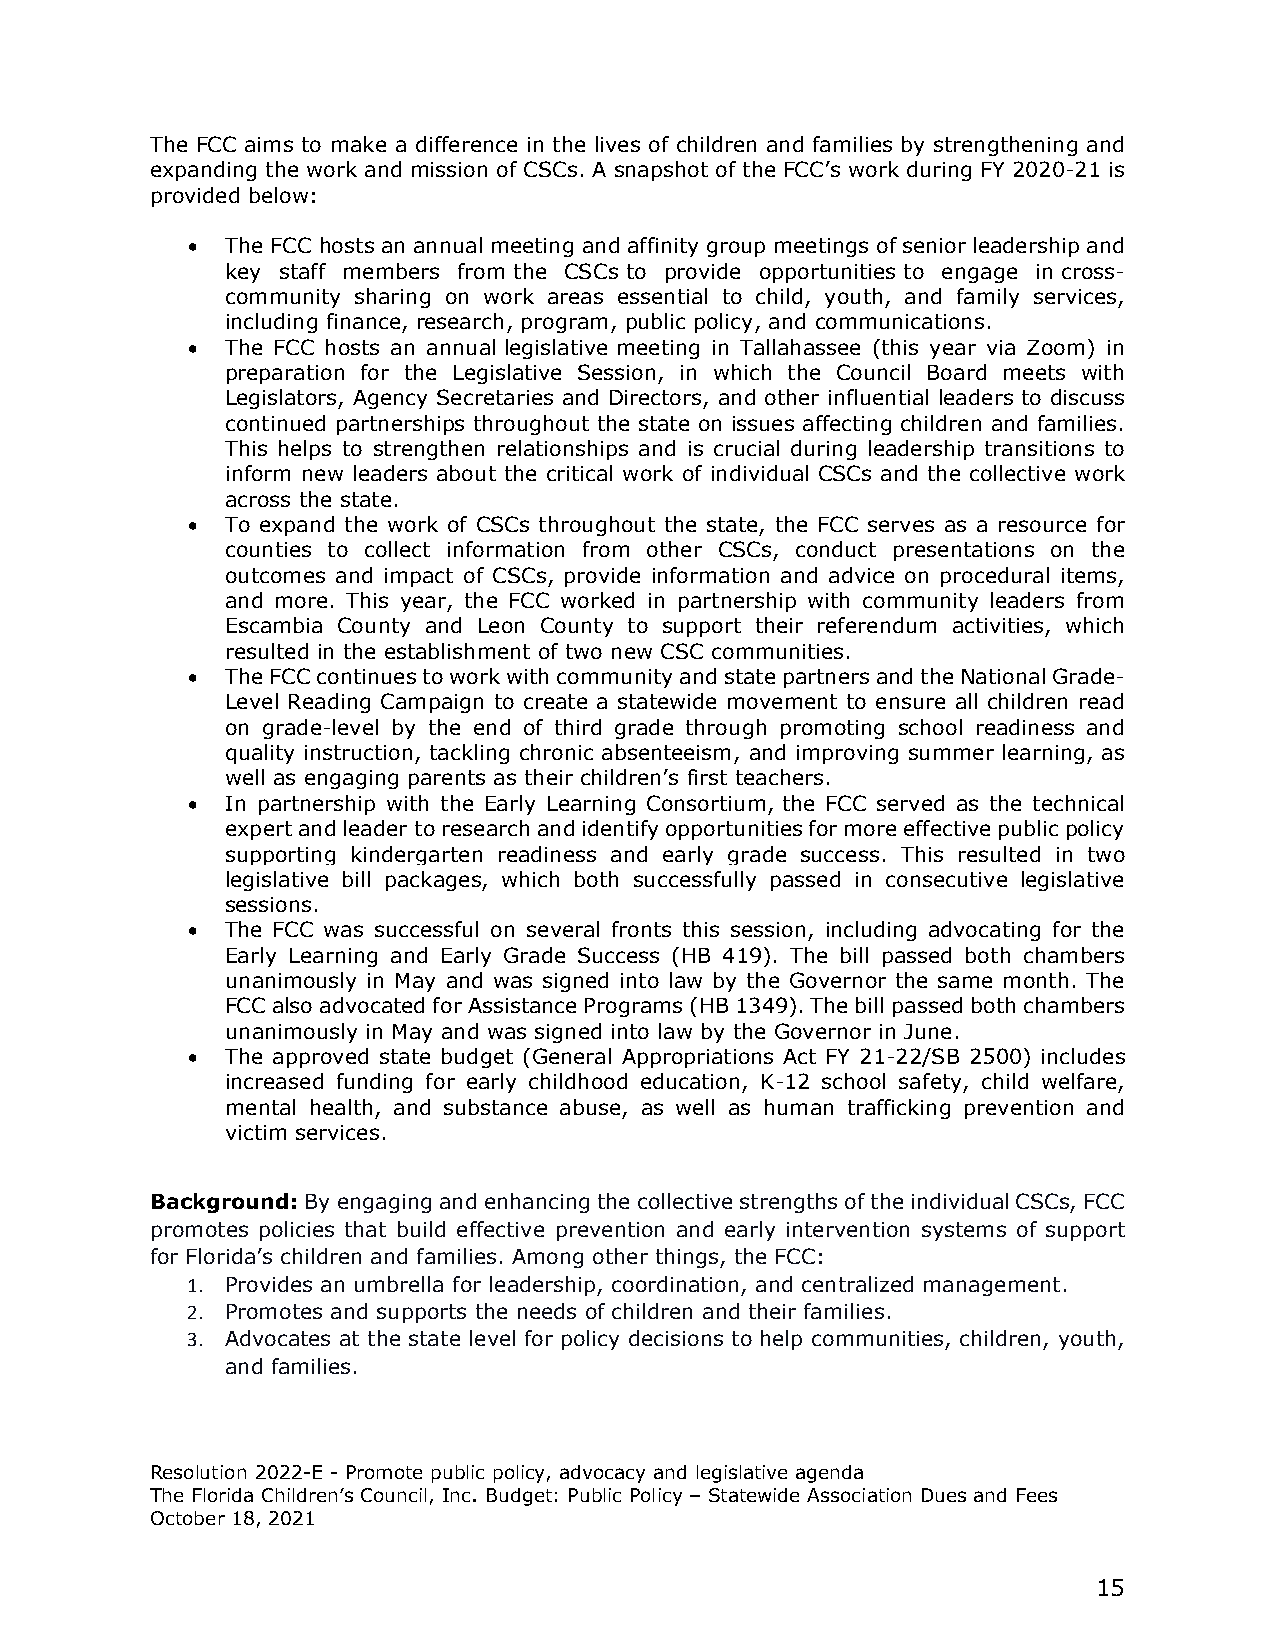
The FCC aims to make a difference in the lives of children and families by strengthening and
 expanding the work and mission of CSCs. A snapshot of the FCC’s work during FY 2020-21 is
 provided below:
 •  The FCC hosts an annual meeting and affinity group meetings of senior leadership and
 key staff members from the CSCs to provide opportunities to engage in cross-
 community sharing on work areas essential to child, youth, and family services,
 including finance, research, program, public policy, and communications.
 •  The FCC hosts an annual legislative meeting in Tallahassee (this year via Zoom) in
 preparation for the Legislative Session, in which the Council Board meets with
 Legislators, Agency Secretaries and Directors, and other influential leaders to discuss
 continued partnerships throughout the state on issues affecting children and families.
 This helps to strengthen relationships and is crucial during leadership transitions to
 inform new leaders about the critical work of individual CSCs and the collective work
 across the state.
 •  To expand the work of CSCs throughout the state, the FCC serves as a resource for
 counties to collect information from other CSCs, conduct presentations on the
 outcomes and impact of CSCs, provide information and advice on procedural items,
 and more. This year, the FCC worked in partnership with community leaders from
 Escambia County and Leon County to support their referendum activities, which
 resulted in the establishment of two new CSC communities.
 •  The FCC continues to work with community and state partners and the National Grade-
 Level Reading Campaign to create a statewide movement to ensure all children read
 on grade-level by the end of third grade through promoting school readiness and
 quality instruction, tackling chronic absenteeism, and improving summer learning, as
 well as engaging parents as their children’s first teachers.
 •  In partnership with the Early Learning Consortium, the FCC served as the technical
 expert and leader to research and identify opportunities for more effective public policy
 supporting kindergarten readiness and early grade success. This resulted in two
 legislative bill packages, which both successfully passed in consecutive legislative
 sessions.
 •  The FCC was successful on several fronts this session, including advocating for the
 Early Learning and Early Grade Success (HB 419). The bill passed both chambers
 unanimously in May and was signed into law by the Governor the same month. The
 FCC also advocated for Assistance Programs (HB 1349). The bill passed both chambers
 unanimously in May and was signed into law by the Governor in June.
 •  The approved state budget (General Appropriations Act FY 21-22/SB 2500) includes
 increased funding for early childhood education, K-12 school safety, child welfare,
 mental health, and substance abuse, as well as human trafficking prevention and
 victim services.
 Background: By engaging and enhancing the collective strengths of the individual CSCs, FCC
 promotes policies that build effective prevention and early intervention systems of support
 for Florida’s children and families. Among other things, the FCC:
 1. Provides an umbrella for leadership, coordination, and centralized management.
 2. Promotes and supports the needs of children and their families.
 3. Advocates at the state level for policy decisions to help communities, children, youth,
 and families.
 Resolution 2022-E - Promote public policy, advocacy and legislative agenda
 The Florida Children’s Council, Inc. Budget: Public Policy – Statewide Association Dues and Fees
 October 18, 2021
 15